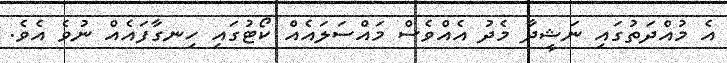
އެ މުއްދަތުގައި ނަޝީދާ މެދު އެއްވެސް މައްސަލައެއް ކޯޓުގައި ހިނގާފައެއް ނުވެ އެވެ.